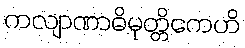
ကလျာဏာဓိမုတ္တိကေဟိ